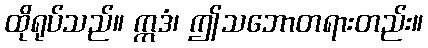
ထိုရုပ်သည်။ ဣဒံ၊ ဤသဘောတရားတည်း။